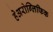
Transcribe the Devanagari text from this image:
हेअरोग्लिफिक